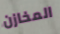
المخازن